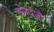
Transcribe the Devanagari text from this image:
डोंगराने